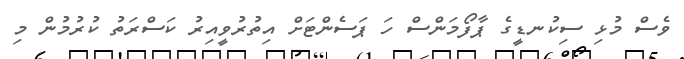
ވެސް މުޅި ސިކުނޑީގެ ޕާފޯމަންސް ހަ ޕަސެންޓަށް އިތުރުވީއިރު ކަސްރަތު ކުރުމުން މި